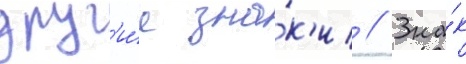
друг'и́е зна́к'и // Зна́к